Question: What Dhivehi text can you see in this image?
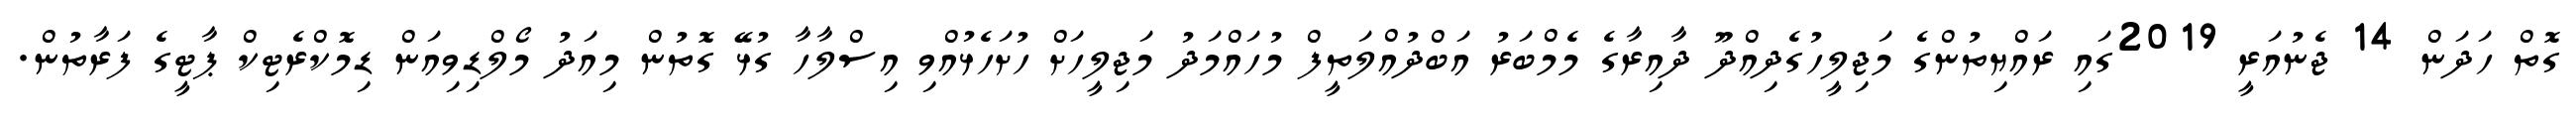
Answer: ގޮތް ހަދަން 14 ޖެނުއަރީ 2019ގައި ރައްޔިތުންގެ މަޖިލީހުގެދިއްދޫ ދާއިރާގެ މެމްބަރު އަބްދުއްލަތީފް މުހައްމަދު މަޖިލީހަށް ހުށަހެޅުއްވި އިސްލާހާ ގުޅޭ ގޮތުން މިއަދު މޯލްޑިވިއަން ޑިމޮކްރެޓިކް ޕާޓީގެ ފަރާތުން.